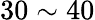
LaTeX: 30\sim 40